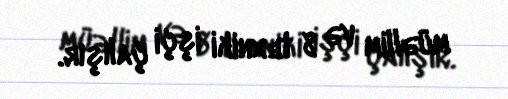
müəllim və 8 texniki işçi çalışır.